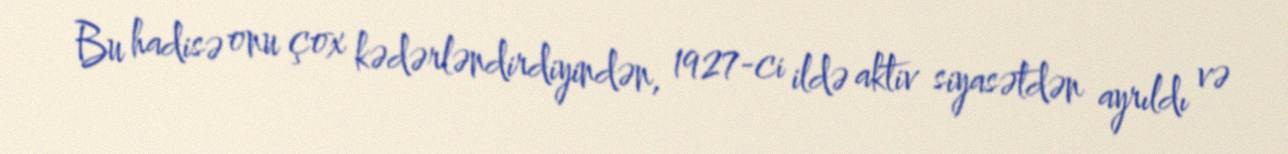
Bu hadisə onu çox kədərləndirdiyindən, 1927-ci ildə aktiv siyasətdən ayrıldı və